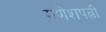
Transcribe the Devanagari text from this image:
गणेशपत्नी